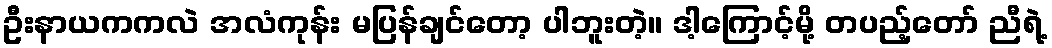
ဦးနာယကကလဲ အလံကုန်း မပြန်ချင်တော့ ပါဘူးတဲ့။ ဒါ့ကြောင့်မို့ တပည့်တော် ညီရဲ့